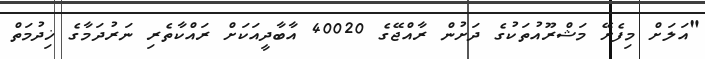
"އަލަށް މިފެށޭ މަޝްރޫއުތަކުގެ ދަށުން ރާއްޖޭގެ 40020 އާބާދީއަކަށް ރައްކާތެރި ނަރުދަމާގެ ޚިދުމަތް